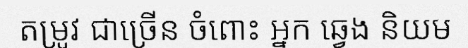
តម្រូវ ជាច្រើន ចំពោះ អ្នក ឆ្វេង និយម